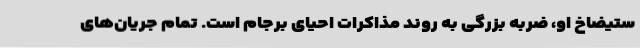
ستیضاخ او، ضربه بزرگی به روند مذاکرات احیای برجام است. تمام جریان‌های